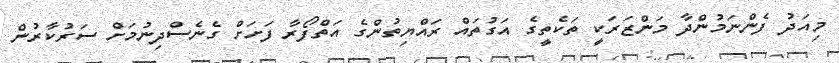
މިއަދު ފެންނަމުންދާ މަންޒަރަކީ ތަކެތީގެ އަގުތައް ރައްޔިތުންގެ އަތްފޯރާ ފަށަށް ގެނެސްދިނުމަށް ސަރުކާރުން